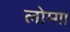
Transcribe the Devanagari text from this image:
लोम्गा